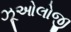
ઝૂઓલોજી